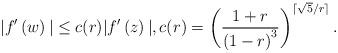
LaTeX: \begin{align*}|f'\left(w\right)| \le c(r) |f'\left(z\right)|, c(r) = \left(\frac{1+r}{\left(1-r\right)^3}\right)^{\lceil \sqrt{5}/r\rceil}.\end{align*}